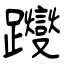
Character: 躞